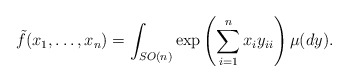
\begin{align*}\tilde f(x_1,\dots,x_n)=\int_{SO(n)}\exp\left(\sum_{i=1}^nx_iy_{ii}\right)\mu(dy).\end{align*}